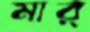
মার্